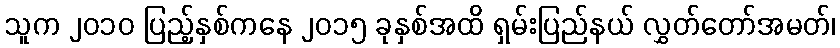
သူက ၂၀၁၀ ပြည့်နှစ်ကနေ ၂၀၁၅ ခုနှစ်အထိ ရှမ်းပြည်နယ် လွှတ်တော်အမတ်၊